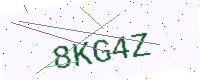
Text: 8KG4Z